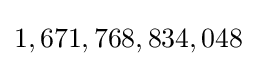
1,671,768,834,048